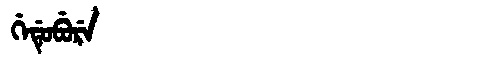
Manchu: ᡤᡝᡩᡠᠪᡠᡵᡝ
Romanization: GEDUBURE